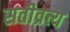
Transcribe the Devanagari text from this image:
सतीव्रत्य